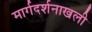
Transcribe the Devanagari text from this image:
मार्गदर्शनाखली